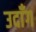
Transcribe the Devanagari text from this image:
उदाँग